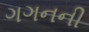
ગગનની